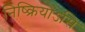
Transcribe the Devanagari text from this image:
निष्क्रियोऽसि